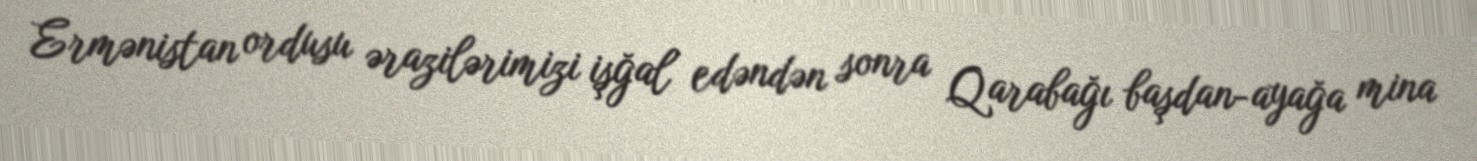
Ermənistan ordusu ərazilərimizi işğal edəndən sonra Qarabağı başdan-ayağa mina